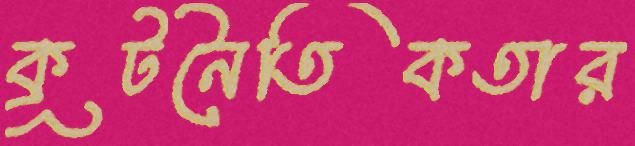
কূটনৈতিকতার